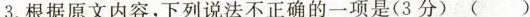
3.根据原文内容，下列说法不正确的一项是(3 分)( )